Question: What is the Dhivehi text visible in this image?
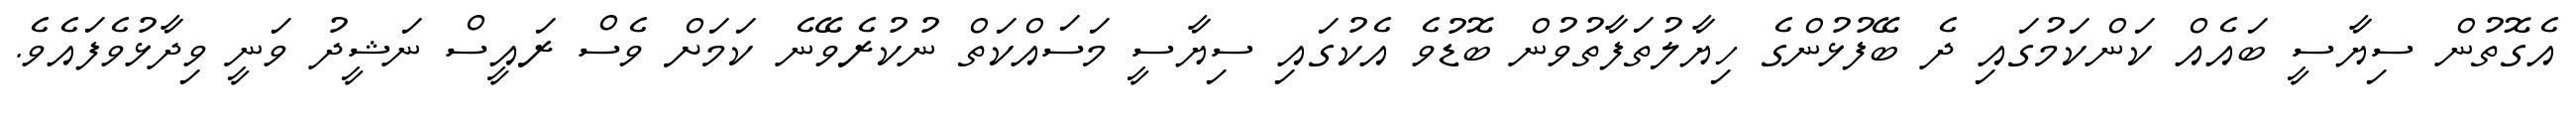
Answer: އެގޮތުން ސިޔާސީ ބައެއް ކަންކަމުގައި ދެ ބޭފުޅުންގެ ހިޔާލުތަފާތުވުން ބޮޑުވެ އެކުގައި ސިޔާސީ މަސައްކަތް ނުކުރެވޭނެ ކަމަށް ވެސް ރައީސް ނަޝީދު ވަނީ ވިދާޅުވެފައެވެ.